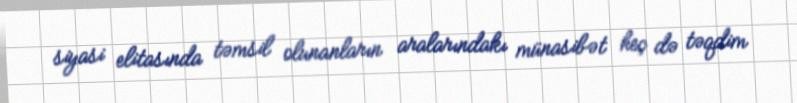
siyasi elitasında təmsil olunanların aralarındakı münasibət heç də təqdim